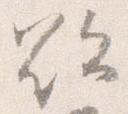
欲